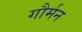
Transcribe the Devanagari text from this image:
गौर्मन